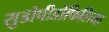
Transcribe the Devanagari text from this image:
सुडोपीडोफिलिया